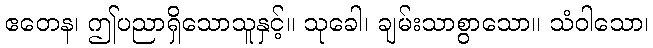
ဧတေန၊ ဤပညာရှိသောသူနှင့်။ သုခေါ၊ ချမ်းသာစွာသော။ သံဝါသော၊